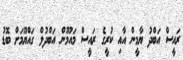
ރައީސް އަބްދު ޔާމީން އާއި ކުރީގެ ރައީސް މައުމޫން އަބްދުލް ގައްޔޫމަށް ބޮޑު